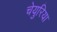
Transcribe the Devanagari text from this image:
चेयुरिया